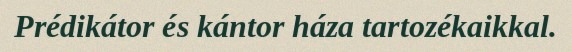
Prédikátor és kántor háza tartozékaikkal.